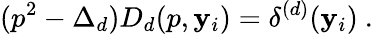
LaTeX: (p^{2}-\Delta_{d})D_{d}(p,\mathbf{y}_{i})=\delta^{(d)}(\mathbf{y}_{i})\ .